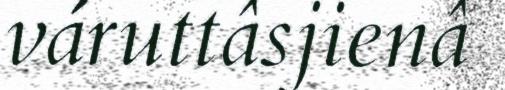
váruttâsjienâ